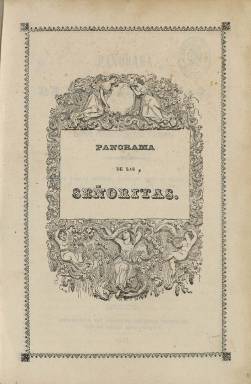
Título: Panorama de las señoritas
Colección: Revistas de información general
Ámbito geográfico: México
Lugar de publicación: México
Fechas: 01/01/1842-31/12/1842